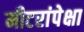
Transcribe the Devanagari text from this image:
मीटरांपेक्षा